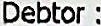
DEBTOR :